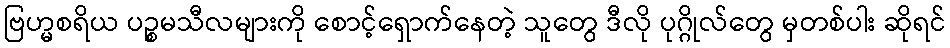
ဗြဟ္မစရိယ ပဉ္စမသီလများကို စောင့်ရှောက်နေတဲ့ သူတွေ ဒီလို ပုဂ္ဂိုလ်တွေ မှတစ်ပါး ဆိုရင်